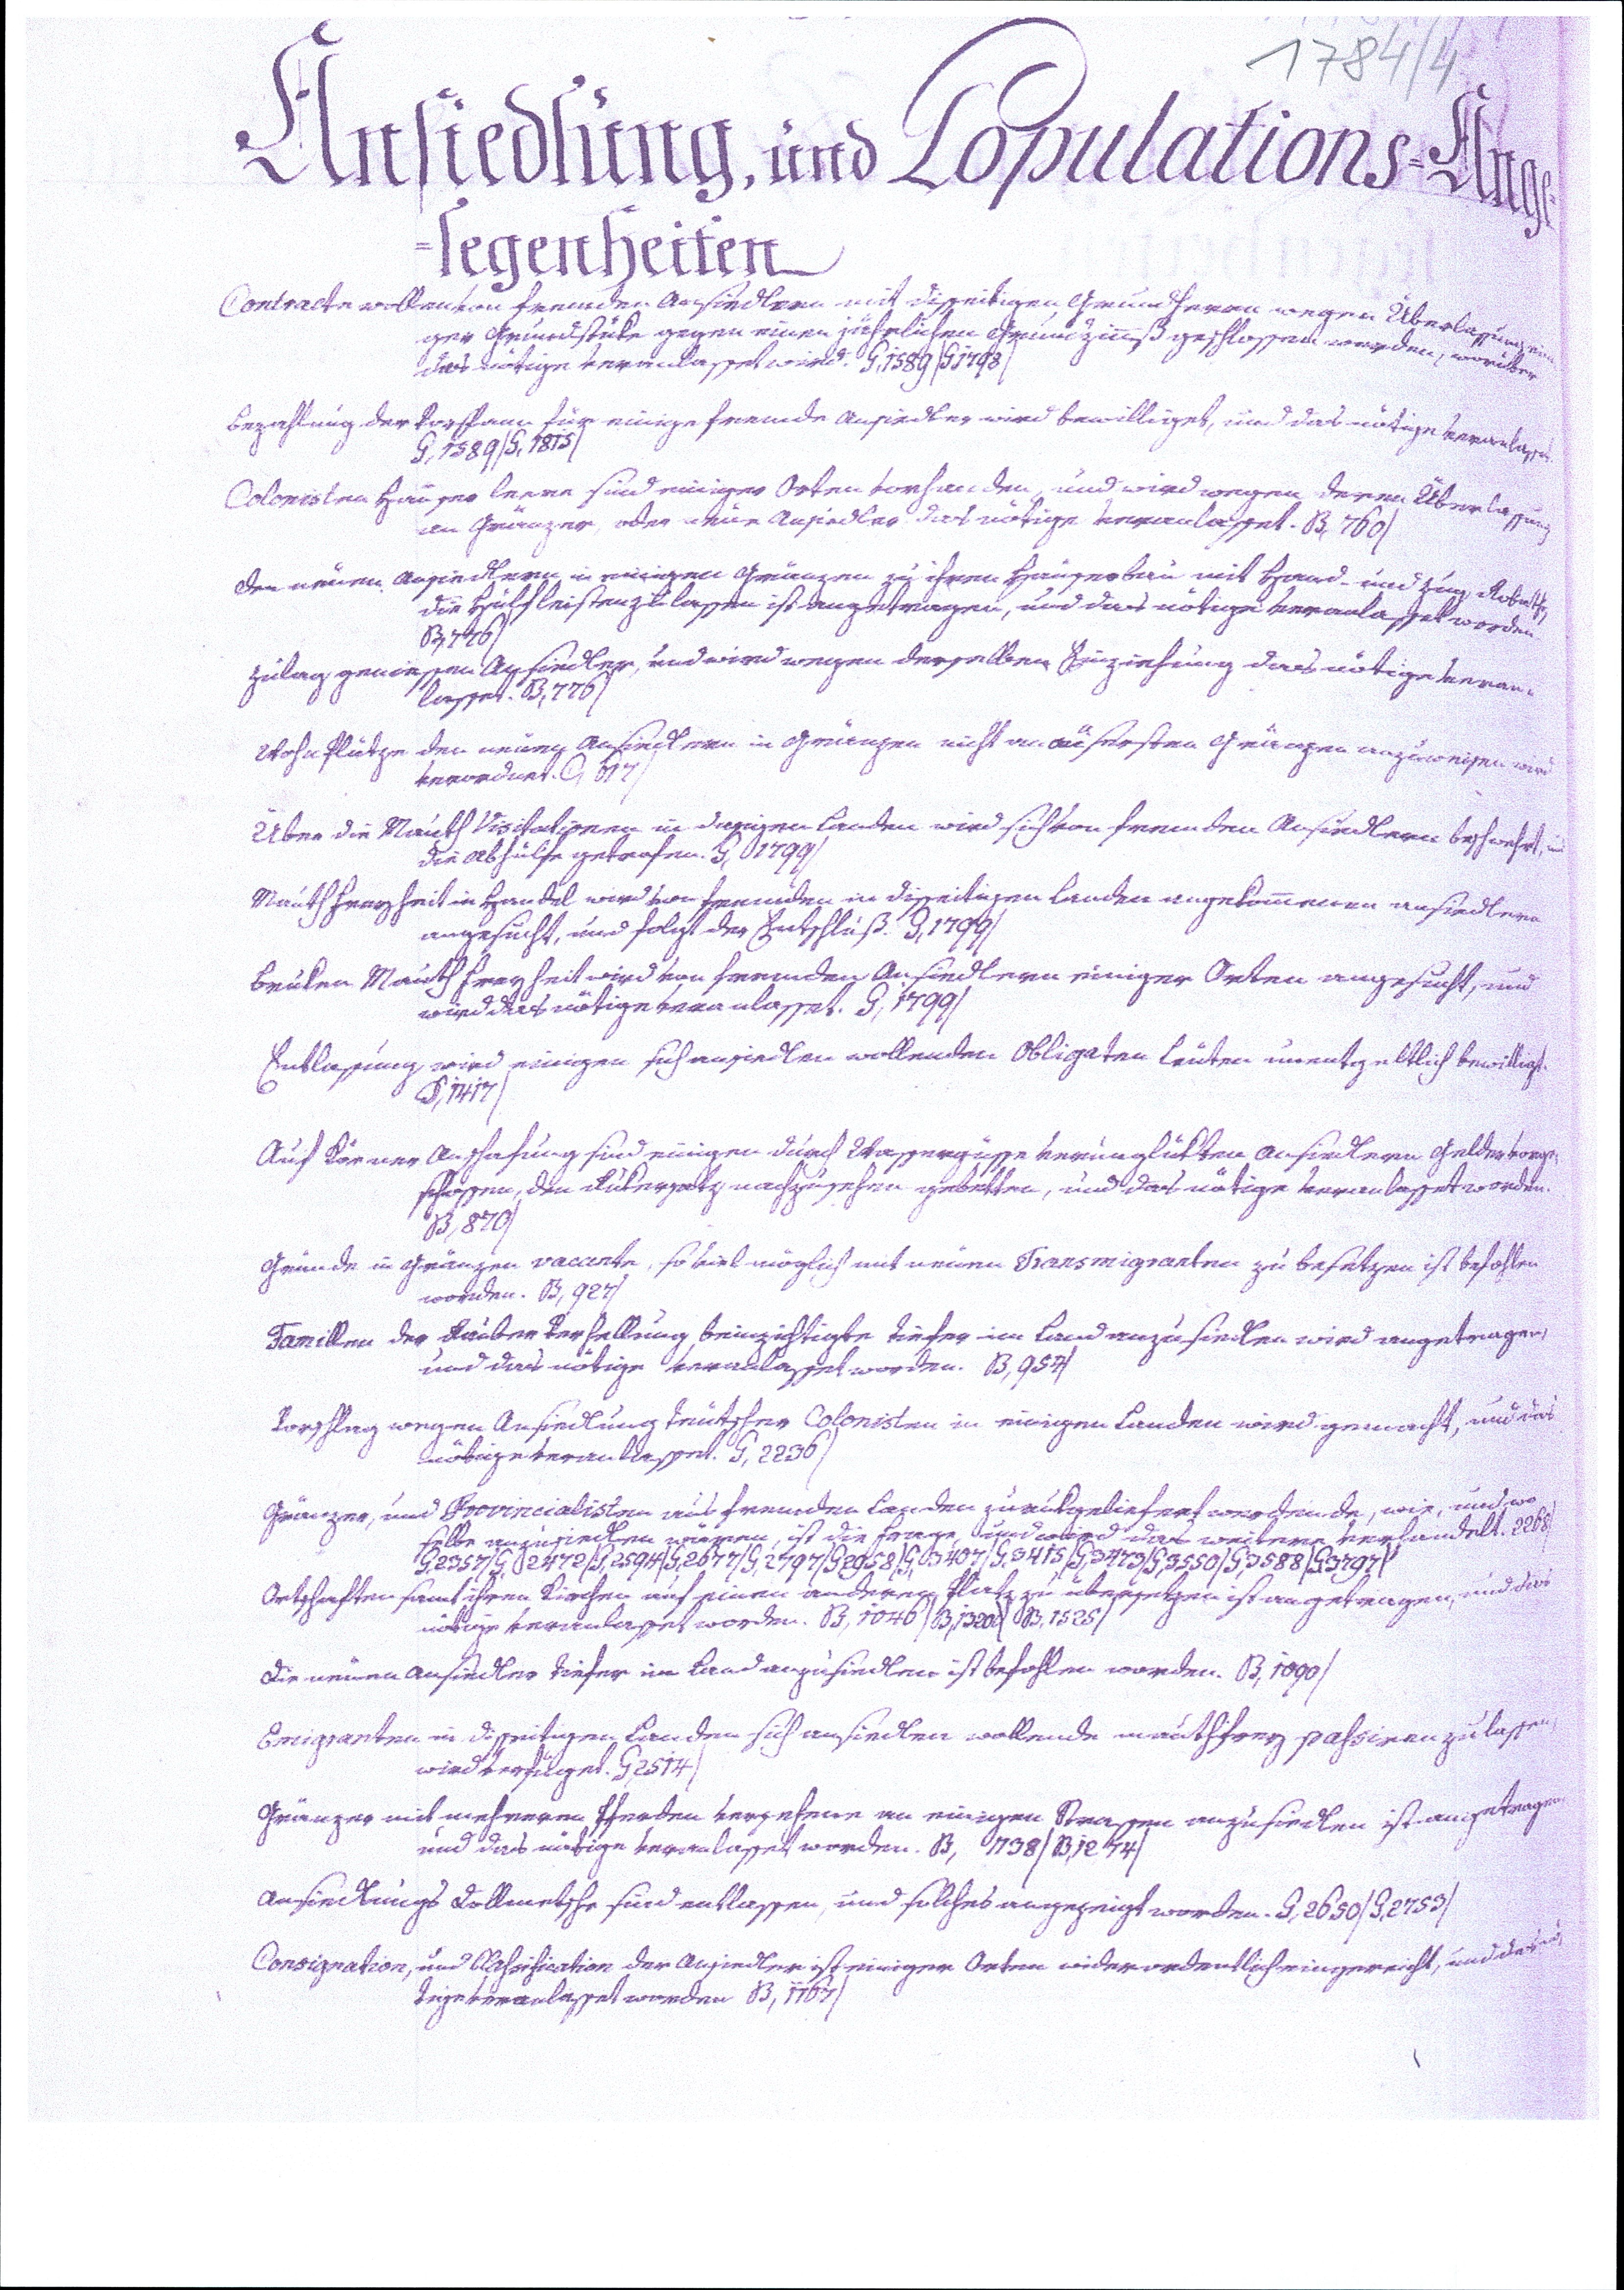
1784/4
Ansiedlung, und Populations=Ange¬
legenheiten.
Contracte wollen von fremden Ansiedlern mit disseitigen Grundherrn wegen Überlassung eini¬
ger Grundstüke gegen einen jährlichen Grundzinnß geschlossen worden, worüber
das nötige veranlasset wird. G,1589/G1798/
Bezahlung der Vorspann für einige fremde Ansiedler wird bewilliget, und das nötige veranlasset.
G,1589/G,1815/
Colonisten Häuser leere sind einiger Orten vorhanden, und wird wegen deren Überlassung
an Gränzer, oder neue Ansiedler das nötige veranlasset. B,760/
Den neuen Ansiedlern in einigen Gränzen zu ihren Häuserbau mit Hand- und Zug Roboth,
die Hülf leisten zu lassen ist angetragen, und das nötige veranlasset worden
B,776/
Zulag geniessen Ansiedler, und wird wegen derselben Einziehung das nötige veran¬
lasset. B,776/
Wohn Plätze den neuen Ansiedlern in Gränzen nicht an äusersten Gränzen anzuweisen wird
verordnet. C617/
Über die Mauth Visitationen in dasigen Landen wird sich von fremden Ansiedlern beschwehrt, und
die Abhülfe getrofen. G,1799/
Mauth Freyheit in Handel wird von fremden in disseitigen Landen angekommenen Ansiedlern
angesucht, und folgt der Entschluß. G,1799/
Bruken Mauth Freyheit wird von fremden Ansiedlern einiger Orten angesucht, und
wird das nötige veranlasset. G,1799/
Entlassung wird einigen sich ansiedlen wollenden Obligaten Leuten unentgeltlich bewilligt.
D,1417/
Auf Körner Anschafung sind einigen durch Wassergüsse verunglükten Ansiedlern Gelder vorge¬
schossen, den Rükersatz nachzusehen gebetten, und das nötige veranlasset worden.
B,870/
Gründe in Gränzen vacante, so viel möglich mit neuen Transmigranten zu besetzen ist befohlen
worden. B,927/
Famillen der Räuber Verhellung beinzichtigte tiefer im Land anzusiedlen wird angetragen,
und das nötige veranlasset worden. B,957/
Vorschlag wegen Ansiedlung teutscher Colonisten in einigen Landen wird gemacht, und das
nötige veranlasset. G,2236/
Gränzer, und Provincialisten aus fremden landen zurukgeliefert werdende, wie, und wo
selbe anzusiedlen wären, ist die Frage, und wird das weitere verhandelt. 2268/
G,2357/G,2472/G,2594/G,2677/G,2797/G,2958/G,3407/G,3415/G,3473/G,3550/G,3588/G3797
Ortschaften samt ihren Kirchen auf einen anderen Platz zu übersetzen ist angetragen, und das
nötige veranlasset worden. B,1046/B,1320/B,1525/
Die neuen Ansiedler tiefer im Land anzusiedlen ist befohlen worden. B,1090/
Emigranten in disseitigen Landen sich ansiedlen wollende mauthfrey passiren zu lassen,
wird verfüget. G,2514/
Gränzer mit mehreren Pferden versehene an einigen Strassen anzusiedlen ist angetragen,
und das nötige veranlasset worden. B,1138/B,1274/
Ansiedlungs Dollmetsche sind entlassen, und solches angezeigt worden. G,2650/G,2753/
Consignation, und Classification der Ansiedler ist einiger Orten widerordentlich eingereicht, und das nö¬
tige veranlasset worden B,1167/